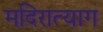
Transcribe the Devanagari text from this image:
मदिरात्याग